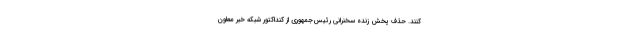
کنند. حذف پخش زنده سخنرانی رئیس‌جمهوری از کنداکتور شبکه خبر معاون